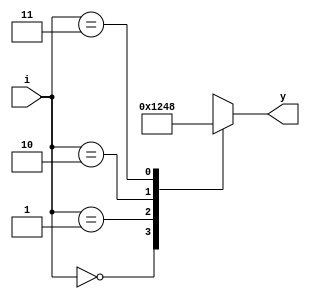
`timescale 1ns / 1ps
//////////////////////////////////////////////////////////////////////////////////
// Company: 
// Engineer: 
// 
// Design Name: 
// Module Name: decoder2x4
// Project Name: 
// Target Devices: 
// Tool Versions: 
// Description: 
// 
// Dependencies: 
// 
// Revision:
// Revision 0.01 - File Created
// Additional Comments:
// 
//////////////////////////////////////////////////////////////////////////////////


module decoder2x4(
    input [1:0] i,
    output reg [3:0] y
    );
    always@(i)
    begin
    case (i)
    2'b 00 : y = 4'b 0001;
    2'b 01 : y = 4'b 0010;
    2'b 10 : y = 4'b 0100;
    2'b 11 : y = 4'b 1000;
    default: y=4'b0000;
    endcase
    end
endmodule